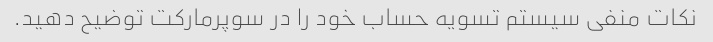
نکات منفی سیستم تسویه حساب خود را در سوپرمارکت توضیح دهید.